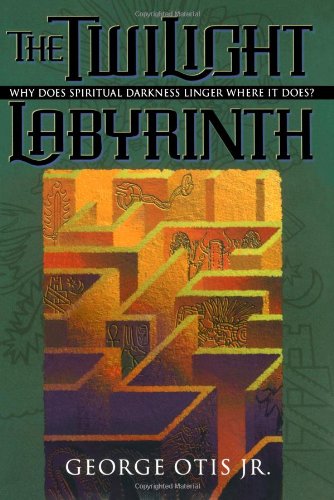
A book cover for Twilight Labyrinth, The: Why Does Spiritual Darkness Linger Where It Does? (Spiritual Mapping); George Otis; Religion & Spirituality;